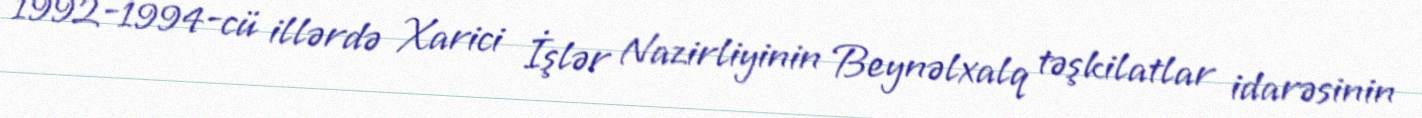
1992-1994-cü illərdə Xarici İşlər Nazirliyinin Beynəlxalq təşkilatlar idarəsinin